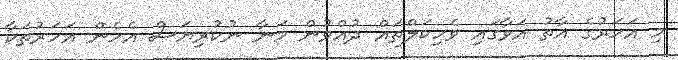
މި އަހަރުގެ އާތު އަވާގައި ވެހިކަލްތައް ދުއްވުން މަނާ ނުކުރިޔަސް އެހެން އަހަރުތަކާ